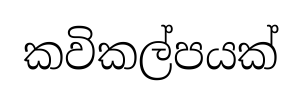
කවිකල්පයක්